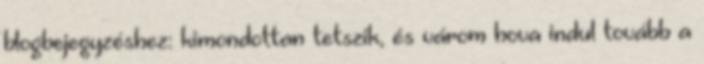
blogbejegyzéshez: kimondottan tetszik, és várom hova indul tovább a